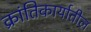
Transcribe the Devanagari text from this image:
क्रांतिकार्यातील